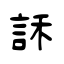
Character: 訸